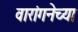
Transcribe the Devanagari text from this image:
वारांगनेच्या